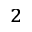
_ 2